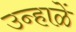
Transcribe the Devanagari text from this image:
उन्हाळें